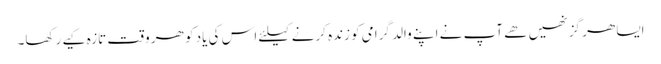
ایسا ھر گز نھیں ھے آپ نے اپنے والد گرامی کو زندہ کرنے کیلئے اس کی یاد کو ھر وقت تازہ کیے رکھا۔